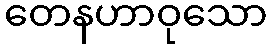
တေနဟာဝုသော